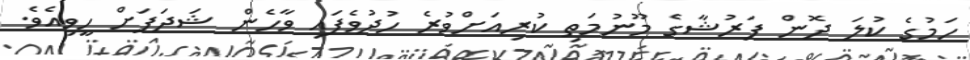
ހަމުގެ ކުލަ ދޮން ފަރުޝާގެ މޫނުމަތި ކުރިއަށްވުރެ ހުދުވެފައި ވާހެން ޝަދަފަށް ހީވިއެވެ.